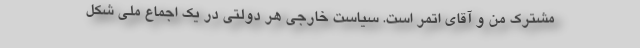
مشترک من و آقای اتمر است. سیاست خارجی هر دولتی در یک اجماع ملی شکل